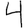
Digit: 4